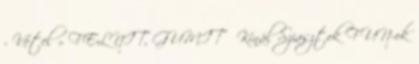
- Vétel » FELNIT, GUMIT Kínál Sziasztok FUN-ok